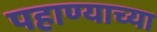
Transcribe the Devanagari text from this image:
पहाण्याच्या